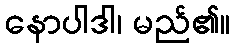
နောပါဒါ၊ မည်၏။